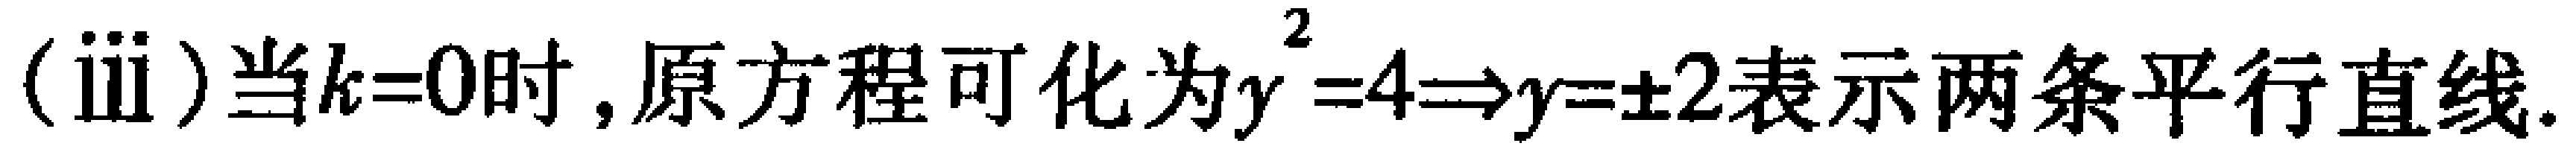
(iii)当\(k = 0\)时,原方程可化为\(y^{2}=4\Rightarrow y = \pm2\)表示两条平行直线.